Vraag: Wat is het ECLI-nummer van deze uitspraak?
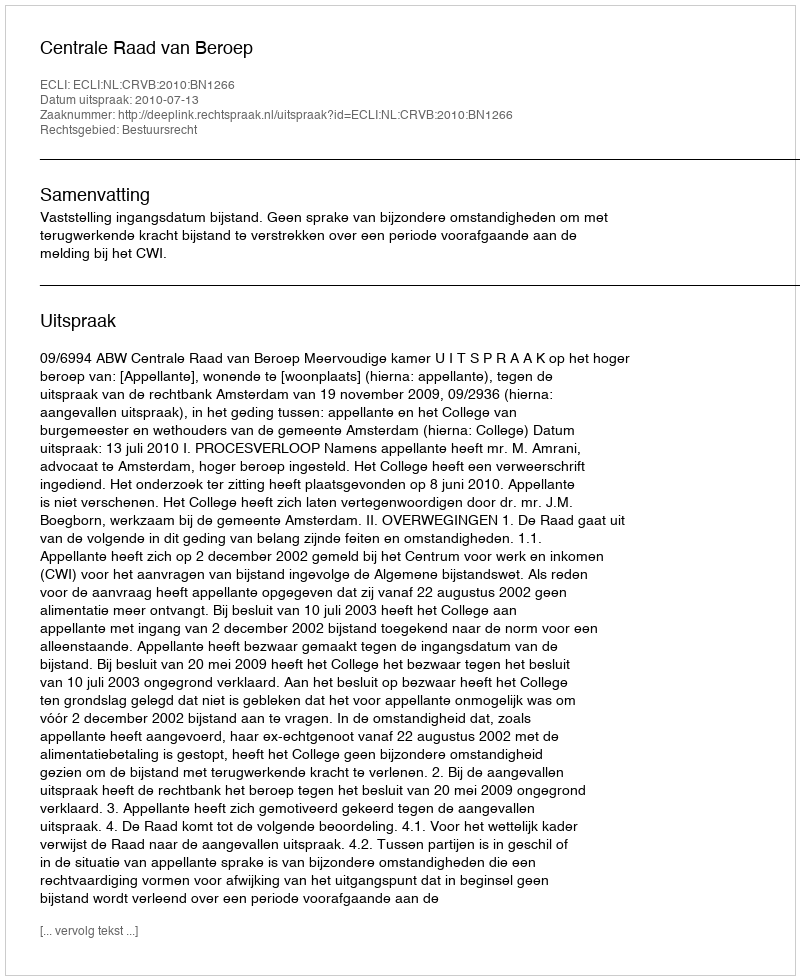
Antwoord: ECLI:NL:CRVB:2010:BN1266